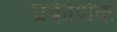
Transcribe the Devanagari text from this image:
प्रकीर्णकं